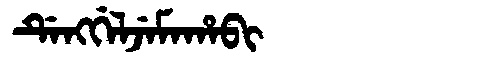
Manchu: ᡩᡝᠩᡤᡝᠯᠵᡝᠮᠠᡥᠠᠪᡳ
Romanization: DENGGELJEMAHABI